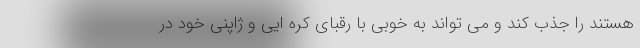
هستند را جذب کند و می تواند به خوبی با رقبای کره ایی و ژاپنی خود در